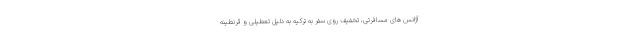
آژانس های مسافرتی، تخفیف روی سفر به ترکیه به دلیل تعطیلی و قرنطینه